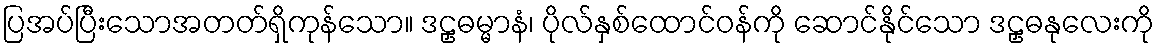
ပြအပ်ပြီးသောအတတ်ရှိကုန်သော။ ဒဠှဓမ္မာနံ၊ ပိုလ်နှစ်ထောင်ဝန်ကို ဆောင်နိုင်သော ဒဠှဓနုလေးကို